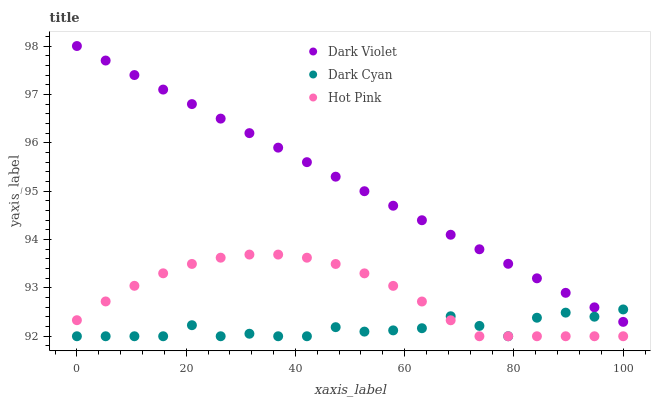
| xaxis_label | Dark Violet | Dark Cyan | Hot Pink |
 | --- | --- | --- | --- |
 | 0 | 98 | 92 | 92.3 |
 | 5.26 | 97.7 | 92 | 92.7 |
 | 10.5 | 97.4 | 92 | 93 |
 | 15.8 | 97.1 | 92 | 93.3 |
 | 21.1 | 96.8 | 92.2 | 93.5 |
 | 26.3 | 96.5 | 92 | 93.6 |
 | 31.6 | 96.2 | 92.1 | 93.7 |
 | 36.8 | 95.9 | 92 | 93.7 |
 | 42.1 | 95.6 | 92 | 93.6 |
 | 47.4 | 95.3 | 92.2 | 93.5 |
 | 52.6 | 95 | 92.1 | 93.3 |
 | 57.9 | 94.7 | 92.1 | 93 |
 | 63.2 | 94.4 | 92.2 | 92.7 |
 | 68.4 | 94.1 | 92.4 | 92.3 |
 | 73.7 | 93.8 | 92.2 | 92 |
 | 78.9 | 93.5 | 92 | 92 |
 | 84.2 | 93.2 | 92.4 | 92 |
 | 89.5 | 92.9 | 92.5 | 92 |
 | 94.7 | 92.6 | 92.4 | 92 |
 | 100 | 92.3 | 92.6 | 92 |